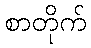
စာတိုက်